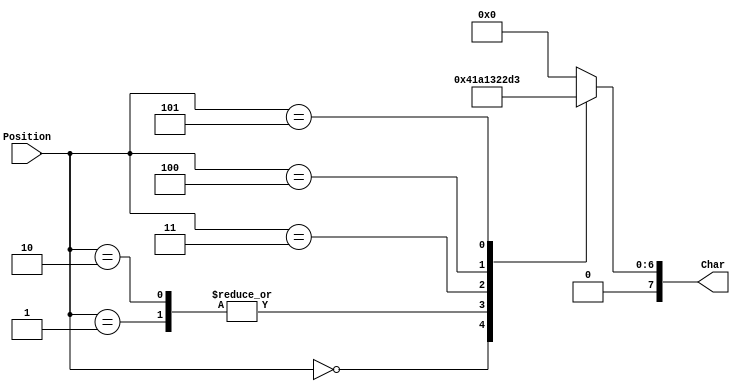
//lookup table to return character at str[i] 
module word1(output reg [7:0] Char, input [3:0] Position);
	always @ (*) begin
		case (Position)
			4'd0: Char <= "A"; 
			4'd1: Char <= "P";
			4'd2: Char <= "P";
			4'd3: Char <= "L";
			4'd4: Char <= "E";
			4'd5: Char <= "S";
			default : Char <= 8'h00; //null character
		endcase
	end
endmodule